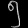
Digit: ၅